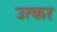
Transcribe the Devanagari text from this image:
उत्कर